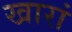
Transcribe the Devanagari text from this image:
खारां